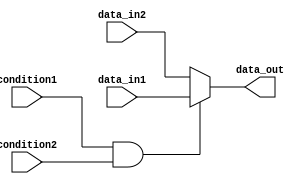
module conditional_assignment(
    input wire condition1,
    input wire condition2,
    input wire data_in1,
    input wire data_in2,
    output reg data_out
);

always @(*) begin
    if (condition1 && condition2) begin
        data_out = data_in1;
    end else begin
        data_out = data_in2;
    end
end

endmodule